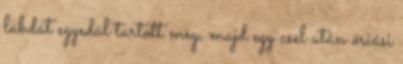
labdát egyedül tartott meg, majd egy csel után óriási